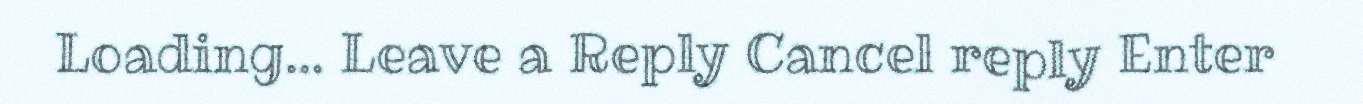
Loading... Leave a Reply Cancel reply Enter